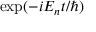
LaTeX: \exp ( - i E _ { n } t / \hbar )